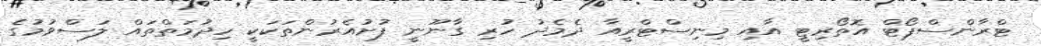
ޓްރާންސްޕޯޓް އޮތޯރިޓީ އާއި މިނިސްޓްރީއާ ދެމެދު ހުރި ގާނޫނީ ފުށުއެރުންތަކަކީ ހިދުމަތްތައް ލަސްވުމުގެ